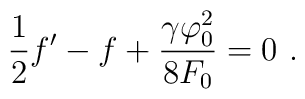
\frac{1}{2} f' - f + \frac{\gamma \varphi_0^2}{8 F_0} = 0 \ .